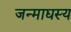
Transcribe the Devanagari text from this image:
जन्माद्यस्य